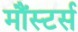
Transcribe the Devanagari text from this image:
मौंस्टर्स